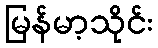
မြန်မာ့သိုင်း